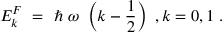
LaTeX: E _ { k } ^ { F } ~ = ~ \hbar ~ \omega ~ \left( k - { \frac { 1 } { 2 } } \right) ~ , k = 0 , 1 ~ .